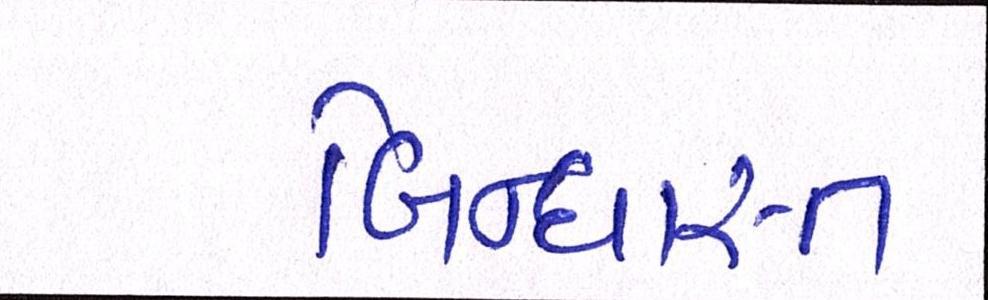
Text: બિન્ધાસ્ત